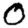
Digit: 0